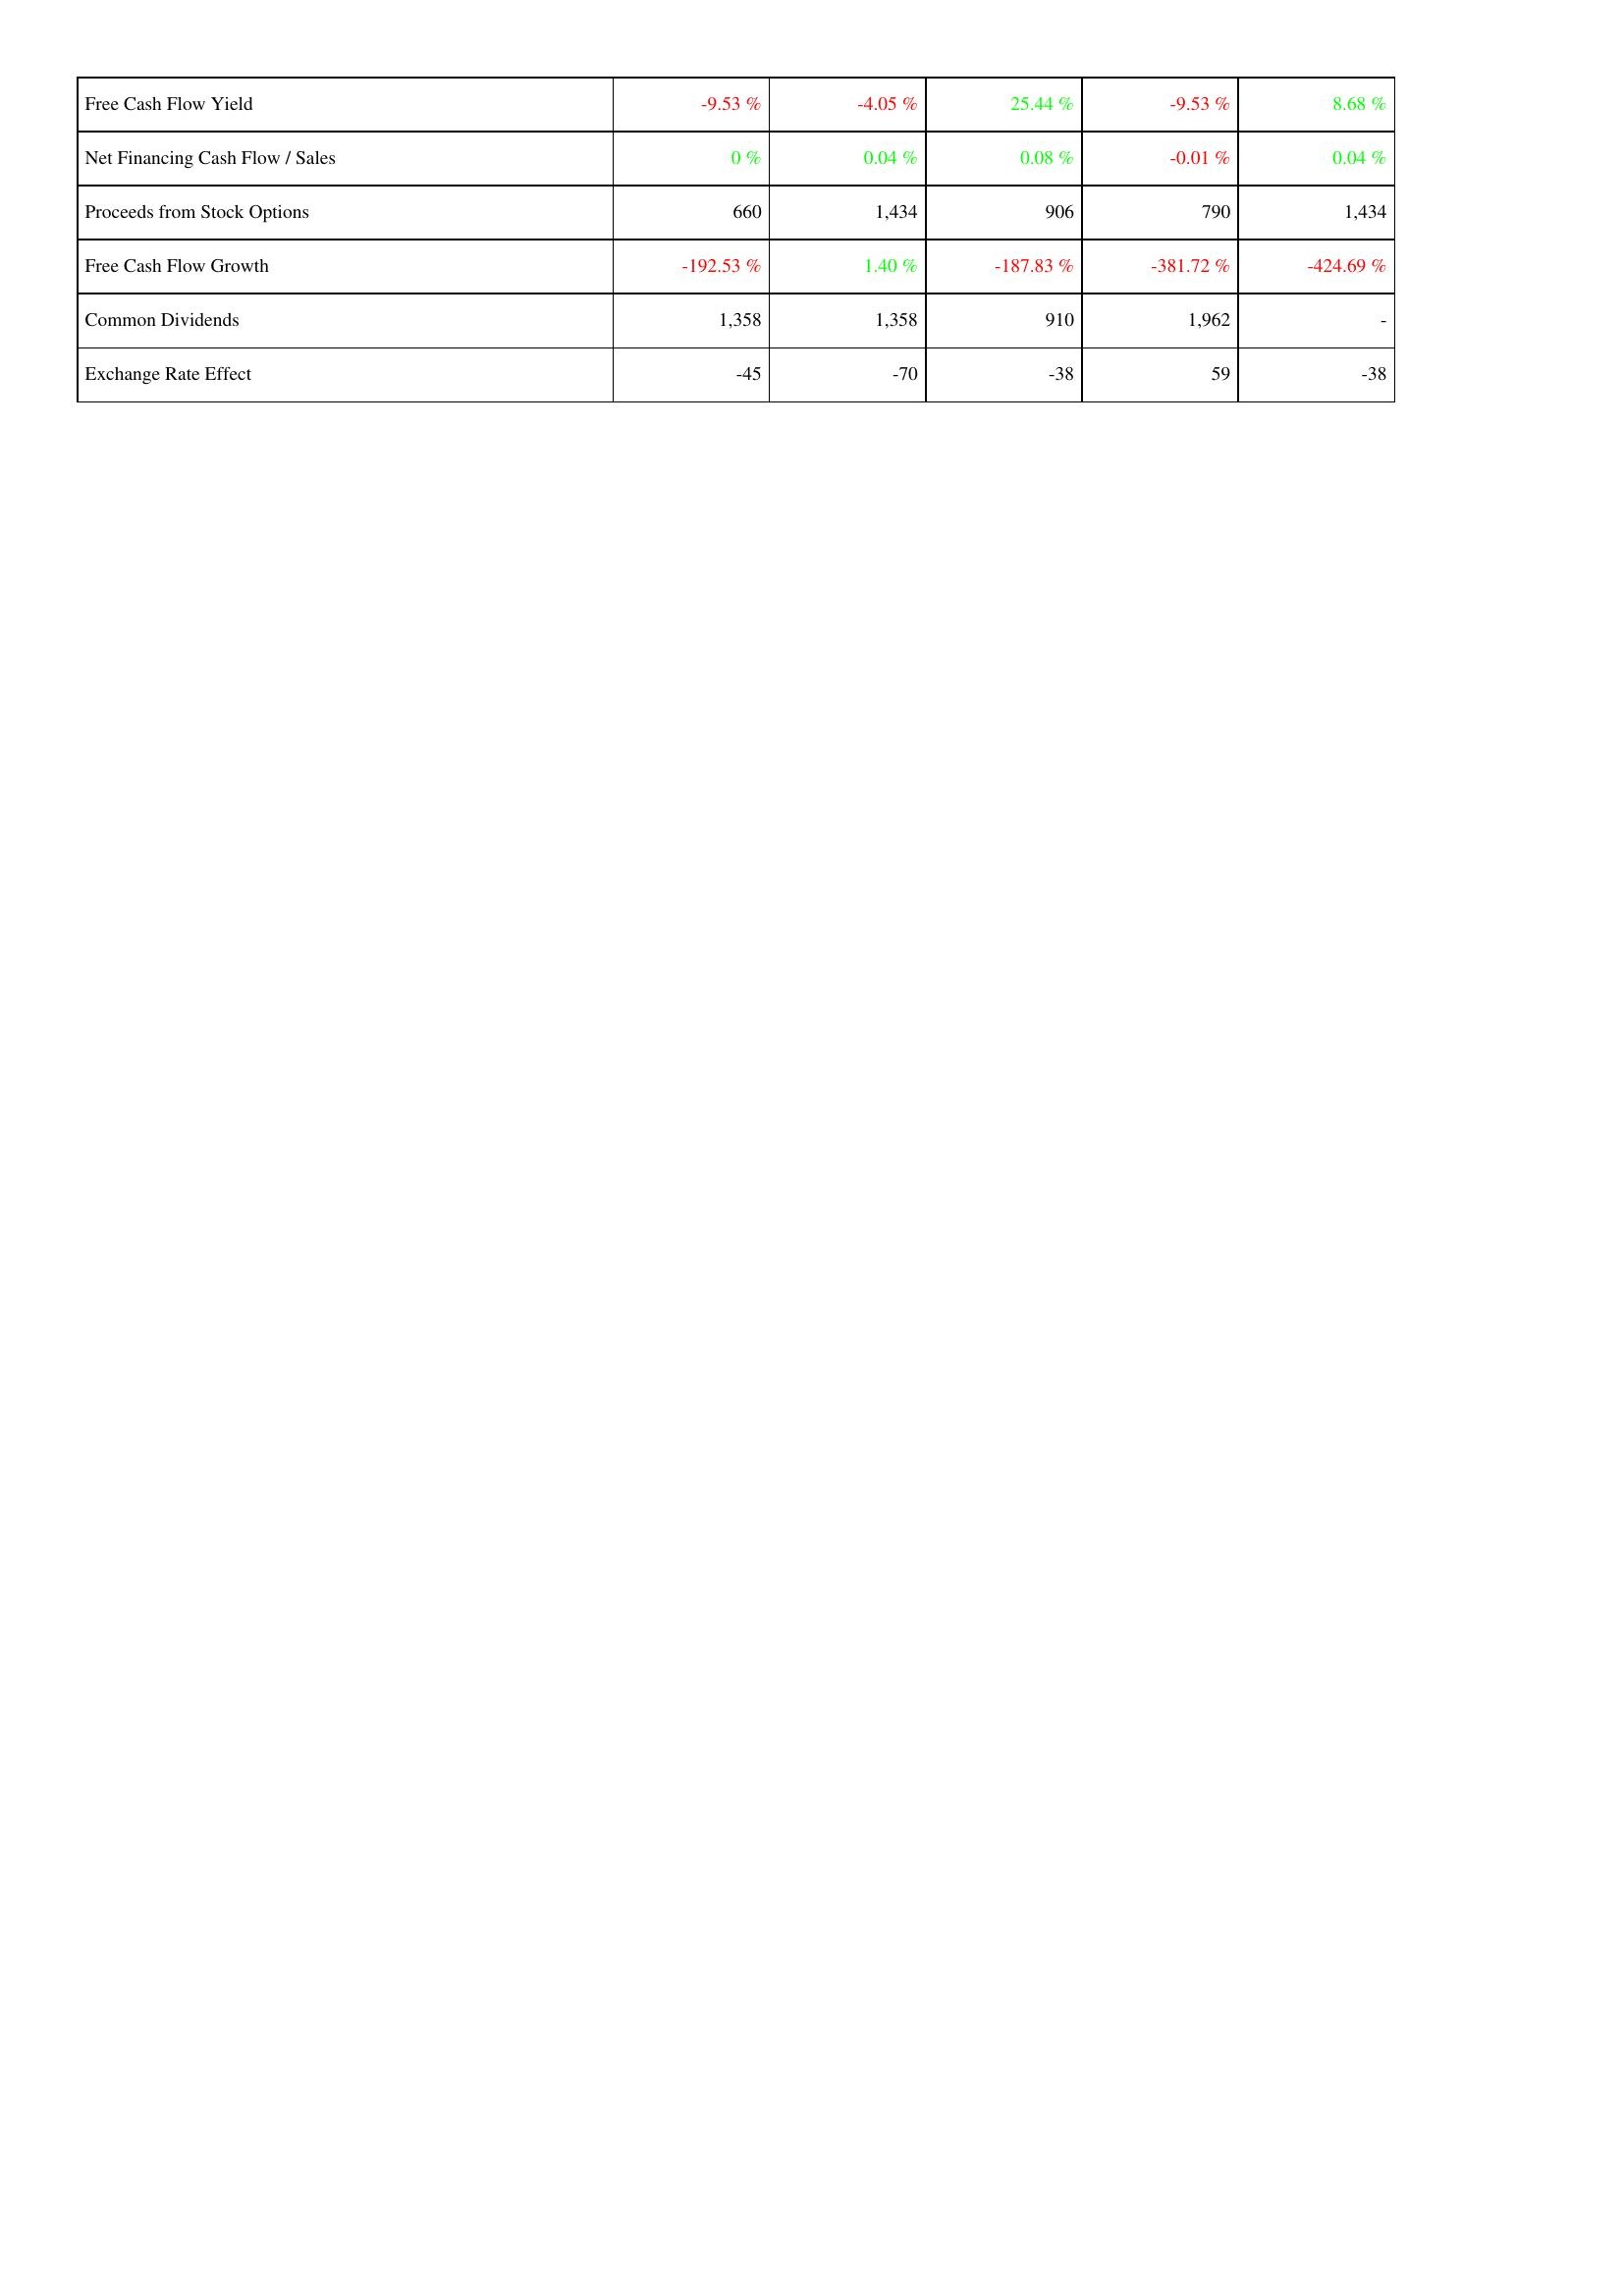
2019: Financing Activities: Free Cash Flow Yield: -9.53 %
Net Financing Cash Flow / Sales: 0 %
Proceeds from Stock Options: 660
Free Cash Flow Growth: -192.53 %
Common Dividends: 1,358
Exchange Rate Effect: -45
2018: Financing Activities: Free Cash Flow Yield: -4.05 %
Net Financing Cash Flow / Sales: 0.04 %
Proceeds from Stock Options: 1,434
Free Cash Flow Growth: 1.40 %
Common Dividends: 1,358
Exchange Rate Effect: -70
2017: Financing Activities: Free Cash Flow Yield: 25.44 %
Net Financing Cash Flow / Sales: 0.08 %
Proceeds from Stock Options: 906
Free Cash Flow Growth: -187.83 %
Common Dividends: 910
Exchange Rate Effect: -38
2016: Financing Activities: Free Cash Flow Yield: -9.53 %
Net Financing Cash Flow / Sales: -0.01 %
Proceeds from Stock Options: 790
Free Cash Flow Growth: -381.72 %
Common Dividends: 1,962
Exchange Rate Effect: 59
2015: Financing Activities: Free Cash Flow Yield: 8.68 %
Net Financing Cash Flow / Sales: 0.04 %
Proceeds from Stock Options: 1,434
Free Cash Flow Growth: -424.69 %
Common Dividends: -
Exchange Rate Effect: -38